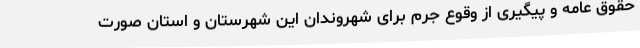
حقوق عامه و پیگیری از وقوع جرم برای شهروندان این شهرستان و استان صورت